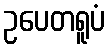
ဥပေတရူပံ